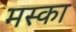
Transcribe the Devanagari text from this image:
मस्का